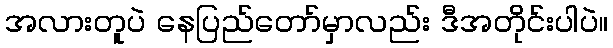
အလားတူပဲ နေပြည်တော်မှာလည်း ဒီအတိုင်းပါပဲ။